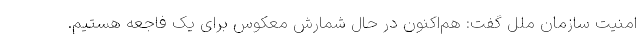
امنیت سازمان ملل گفت: هم‌اکنون در حال شمارش معکوس برای یک فاجعه هستیم.